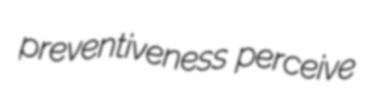
preventiveness perceive